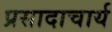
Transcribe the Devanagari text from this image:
प्रसादाचार्य